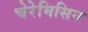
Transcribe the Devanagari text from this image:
चेरेमिसिन